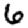
Digit: 6